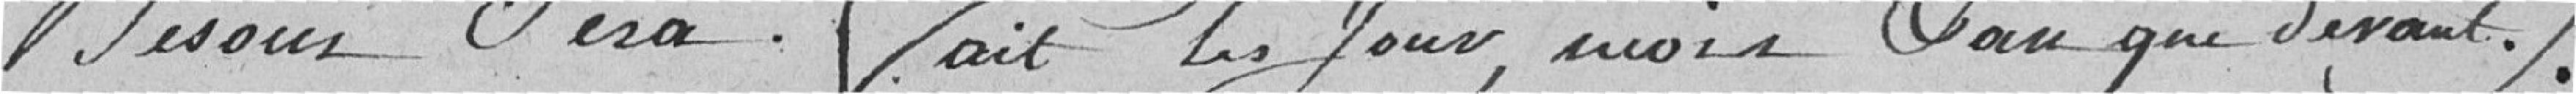
besoin sera fait les jours, mois, ans que devant.